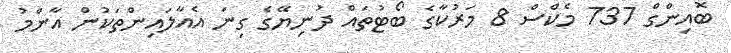
ބޮއިންގް 737 މެކްސް 8 މަރުކާގެ ބޯޓުތައް ދުނިޔޭގެ ގިނަ އެއާލައިންތަކުން އާންމު